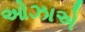
ઓઝાએ